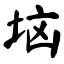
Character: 垴